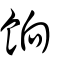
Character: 餉